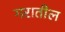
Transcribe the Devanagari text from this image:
गरातील